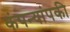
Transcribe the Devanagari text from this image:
कंपन्यांपकी